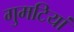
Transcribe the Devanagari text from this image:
गुमटियां